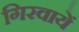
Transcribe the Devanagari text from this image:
गिरवायें